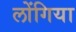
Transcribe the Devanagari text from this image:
लोंगिया